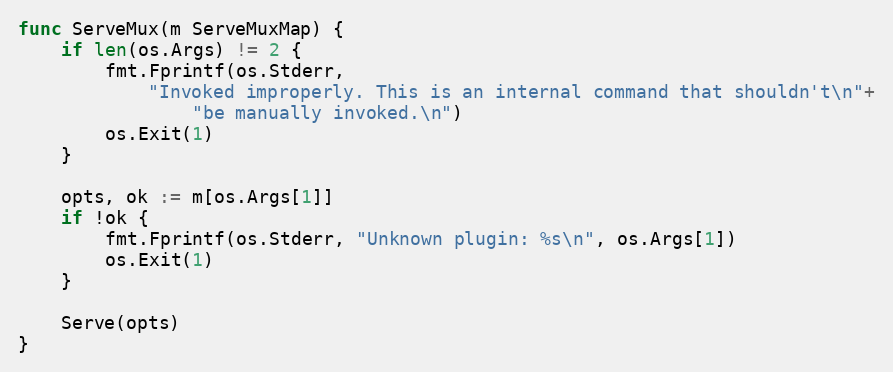
Language: Go
func ServeMux(m ServeMuxMap) {
	if len(os.Args) != 2 {
		fmt.Fprintf(os.Stderr,
			"Invoked improperly. This is an internal command that shouldn't\n"+
				"be manually invoked.\n")
		os.Exit(1)
	}

	opts, ok := m[os.Args[1]]
	if !ok {
		fmt.Fprintf(os.Stderr, "Unknown plugin: %s\n", os.Args[1])
		os.Exit(1)
	}

	Serve(opts)
}